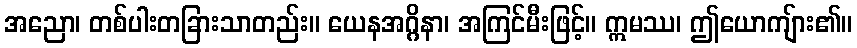
အညော၊ တစ်ပါးတခြားသာတည်း။ ယေနအဂ္ဂိနာ၊ အကြင်မီးဖြင့်။ ဣမဿ၊ ဤယောကျ်ား၏။